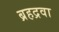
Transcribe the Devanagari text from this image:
ब्रहद्रवा